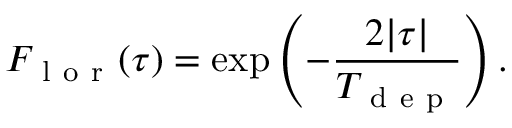
F _ { \mathrm { ~ l ~ o ~ r ~ } } ( \tau ) = \exp \left( - \frac { 2 | \tau | } { T _ { \mathrm { ~ d ~ e ~ p ~ } } } \right) .